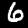
Digit: 6